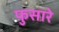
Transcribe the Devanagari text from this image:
फुसारे